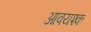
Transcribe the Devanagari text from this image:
आवयश्क